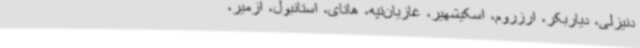
دنیزلی، دیاربکر، ارزروم، اسکیشهیر، غازیان‌تپه، هاتای، استانبول، ازمیر،